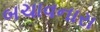
બચાવનારા